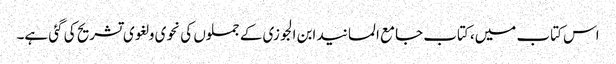
اس کتاب میں، کتاب جامع المسانید ابن الجوزی کے جملوں کی نحوی و لغوی تشریح کی گئی ہے۔